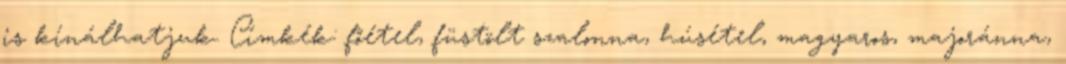
is kínálhatjuk. Címkék: főétel, füstölt szalonna, húsétel, magyaros, majoránna,